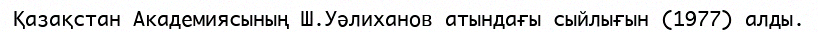
Қазақстан Академиясының Ш.Уәлиханов атындағы сыйлығын (1977) алды.